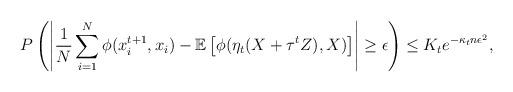
LaTeX: \begin{align*}P\left(\left\lvert \frac{1}{N}\sum_{i=1}^{N}\phi(x^{t+1}_i,x_i) - \mathbb{E}\left[\phi(\eta_t(X+\tau^tZ),X)\right] \right\vert \geq \epsilon \right) \leq K_t e^{-\kappa_t n \epsilon^2},\end{align*}